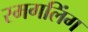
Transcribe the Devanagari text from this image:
स्मगलिंग